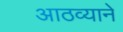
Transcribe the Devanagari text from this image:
आठव्याने